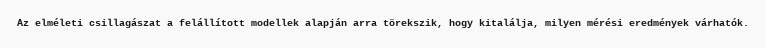
Az elméleti csillagászat a felállított modellek alapján arra törekszik, hogy kitalálja, milyen mérési eredmények várhatók.